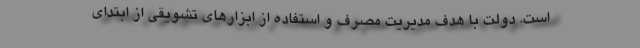
است. دولت با هدف مدیریت مصرف و استفاده از ابزارهای تشویقی از ابتدای